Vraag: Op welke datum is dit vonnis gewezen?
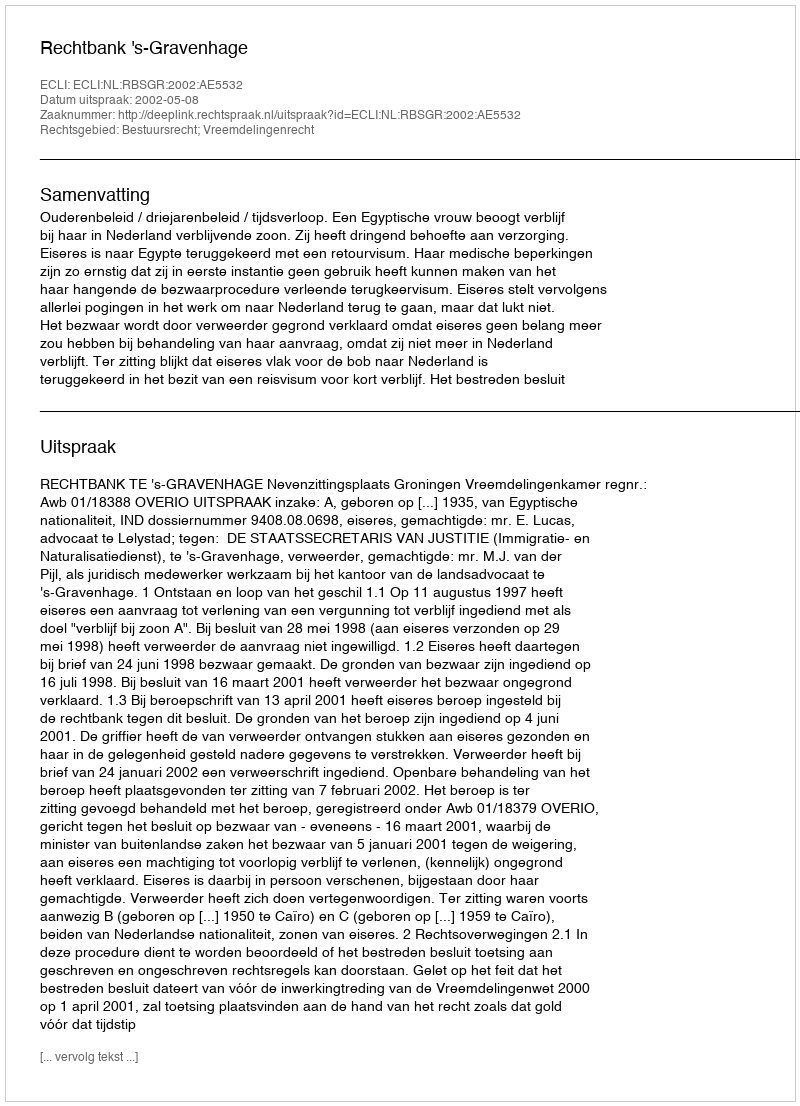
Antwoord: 2002-05-08